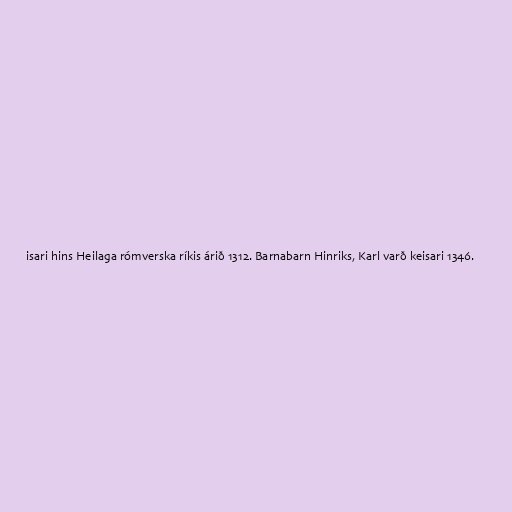
isari hins Heilaga rómverska ríkis árið 1312. Barnabarn Hinriks, Karl varð keisari 1346.